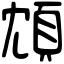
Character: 䪴